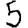
Digit: 5